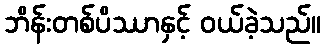
ဘိန်းတစ်ပိဿာနှင့် ဝယ်ခဲ့သည်။